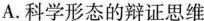
A.科学形态的辩证思维